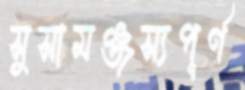
সুসামঞ্জস্যপূর্ণ